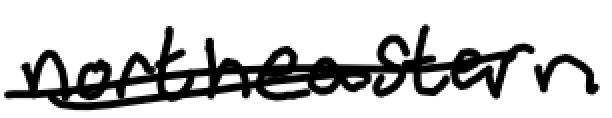
Text: northeastern
Cross-out: double-line
Writing tool: digital_black